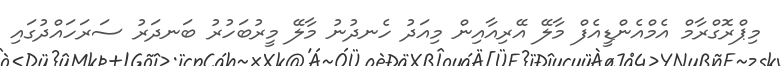
މިޕްރޮގްރާމް އެމްއެންޑީއެފް މާލޭ އޭރިއާއިން މިއަދު ހެނދުނު މާލޭ މީރުބަހުރު ބަނދަރު ސަރަހައްދުގައި